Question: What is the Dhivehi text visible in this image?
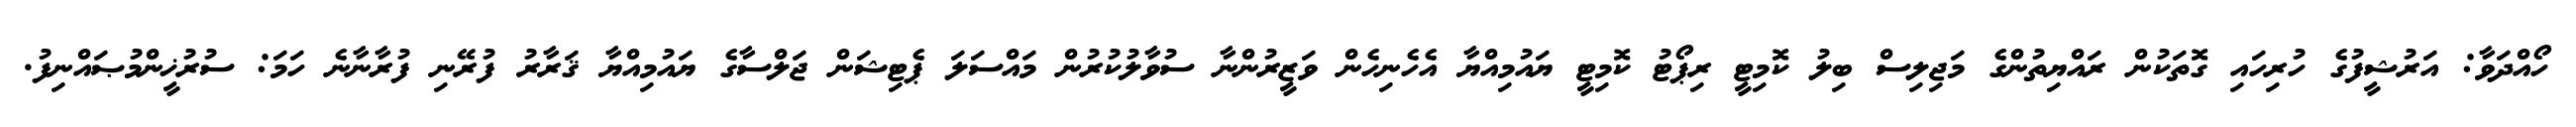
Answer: ހޯއްދަވާ: އަރުޝީފުގެ ހުރިހައި ގޮތަކުން ރައްޔިތުންގެ މަޖިލިސް ބިލު ކޮމިޓީ ރިޕޯޓު ކޮމިޓީ ޔައުމިއްޔާ އެހެނިހެން ވަޒީރުންނާ ސުވާލުކުރުން މައްސަލަ ޕެޓިޝަން ޖަލްސާގެ ޔައުމިއްޔާ ޤަރާރު ފުރޭނި ފުރާނާނެ ހަމަ: ސުރުޚީންމުޞައްނިފު.